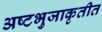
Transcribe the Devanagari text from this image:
अष्टभुजाकृतीत